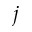
j